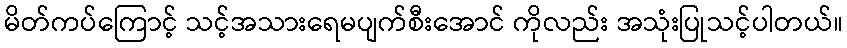
မိတ်ကပ်ကြောင့် သင့်အသားရေမပျက်စီးအောင် ကိုလည်း အသုံးပြုသင့်ပါတယ်။